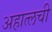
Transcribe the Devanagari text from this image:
अहात्लची